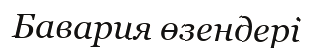
Бавария өзендері